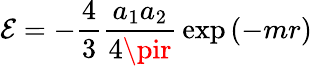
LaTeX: \mathcal{E}=-{\frac{{4}}{{3}}}{\frac{{a_{1}a_{2}}}{{4\pir}}}\exp\left(-mr\right)